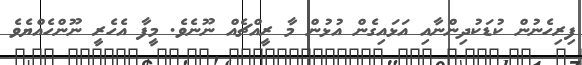
ފިރިހެނުން ކުޑަކުދިންނާއި އަޅައިގެން އުޅުން މާ ރީއްޗެއް ނޫނެވެ. މީފާ އެހެރީ ނޫންހެއްޔެވެ